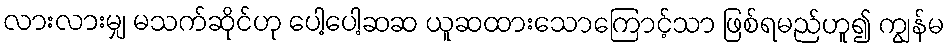
လားလားမျှ မသက်ဆိုင်ဟု ပေါ့ပေါ့ဆဆ ယူဆထားသောကြောင့်သာ ဖြစ်ရမည်ဟူ၍ ကျွန်မ